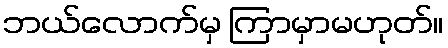
ဘယ်လောက်မှ ကြာမှာမဟုတ်။